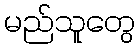
မည်သူတွေ